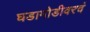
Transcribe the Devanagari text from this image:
घडामोडीवरचं